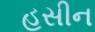
હસીન